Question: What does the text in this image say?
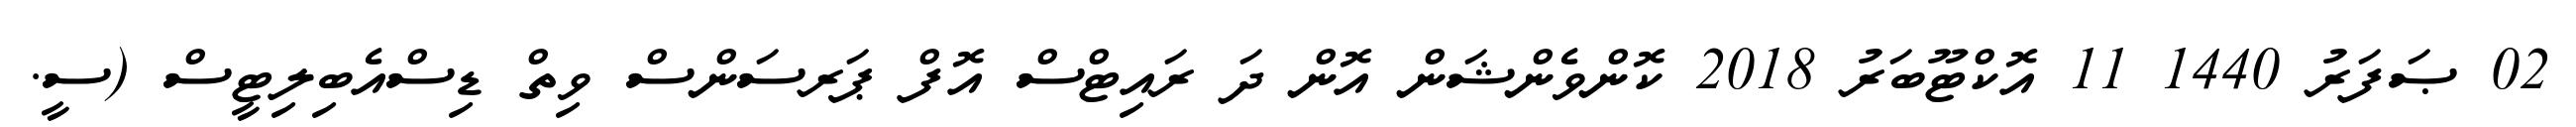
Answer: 02 ޞަފަރު 1440 11 އޮކްޓޫބަރު 2018 ކޮންވެންޝަން އޮން ދަ ރައިޓްސް އޮފް ޕަރސަންސް ވިތް ޑިސްއެބިލިޓީސް (ސީ.